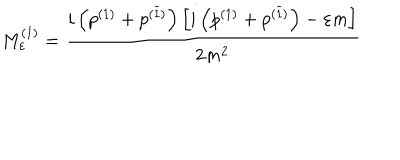
M _ { \varepsilon } ^ { ( 1 ) } = \frac { i \left( p ^ { ( 1 ) } + p ^ { ( \widetilde { 1 } ) } \right) \left[ i \left( p ^ { ( 1 ) } + p ^ { ( \widetilde { 1 } ) } \right) - \varepsilon m \right] } { 2 m ^ { 2 } }